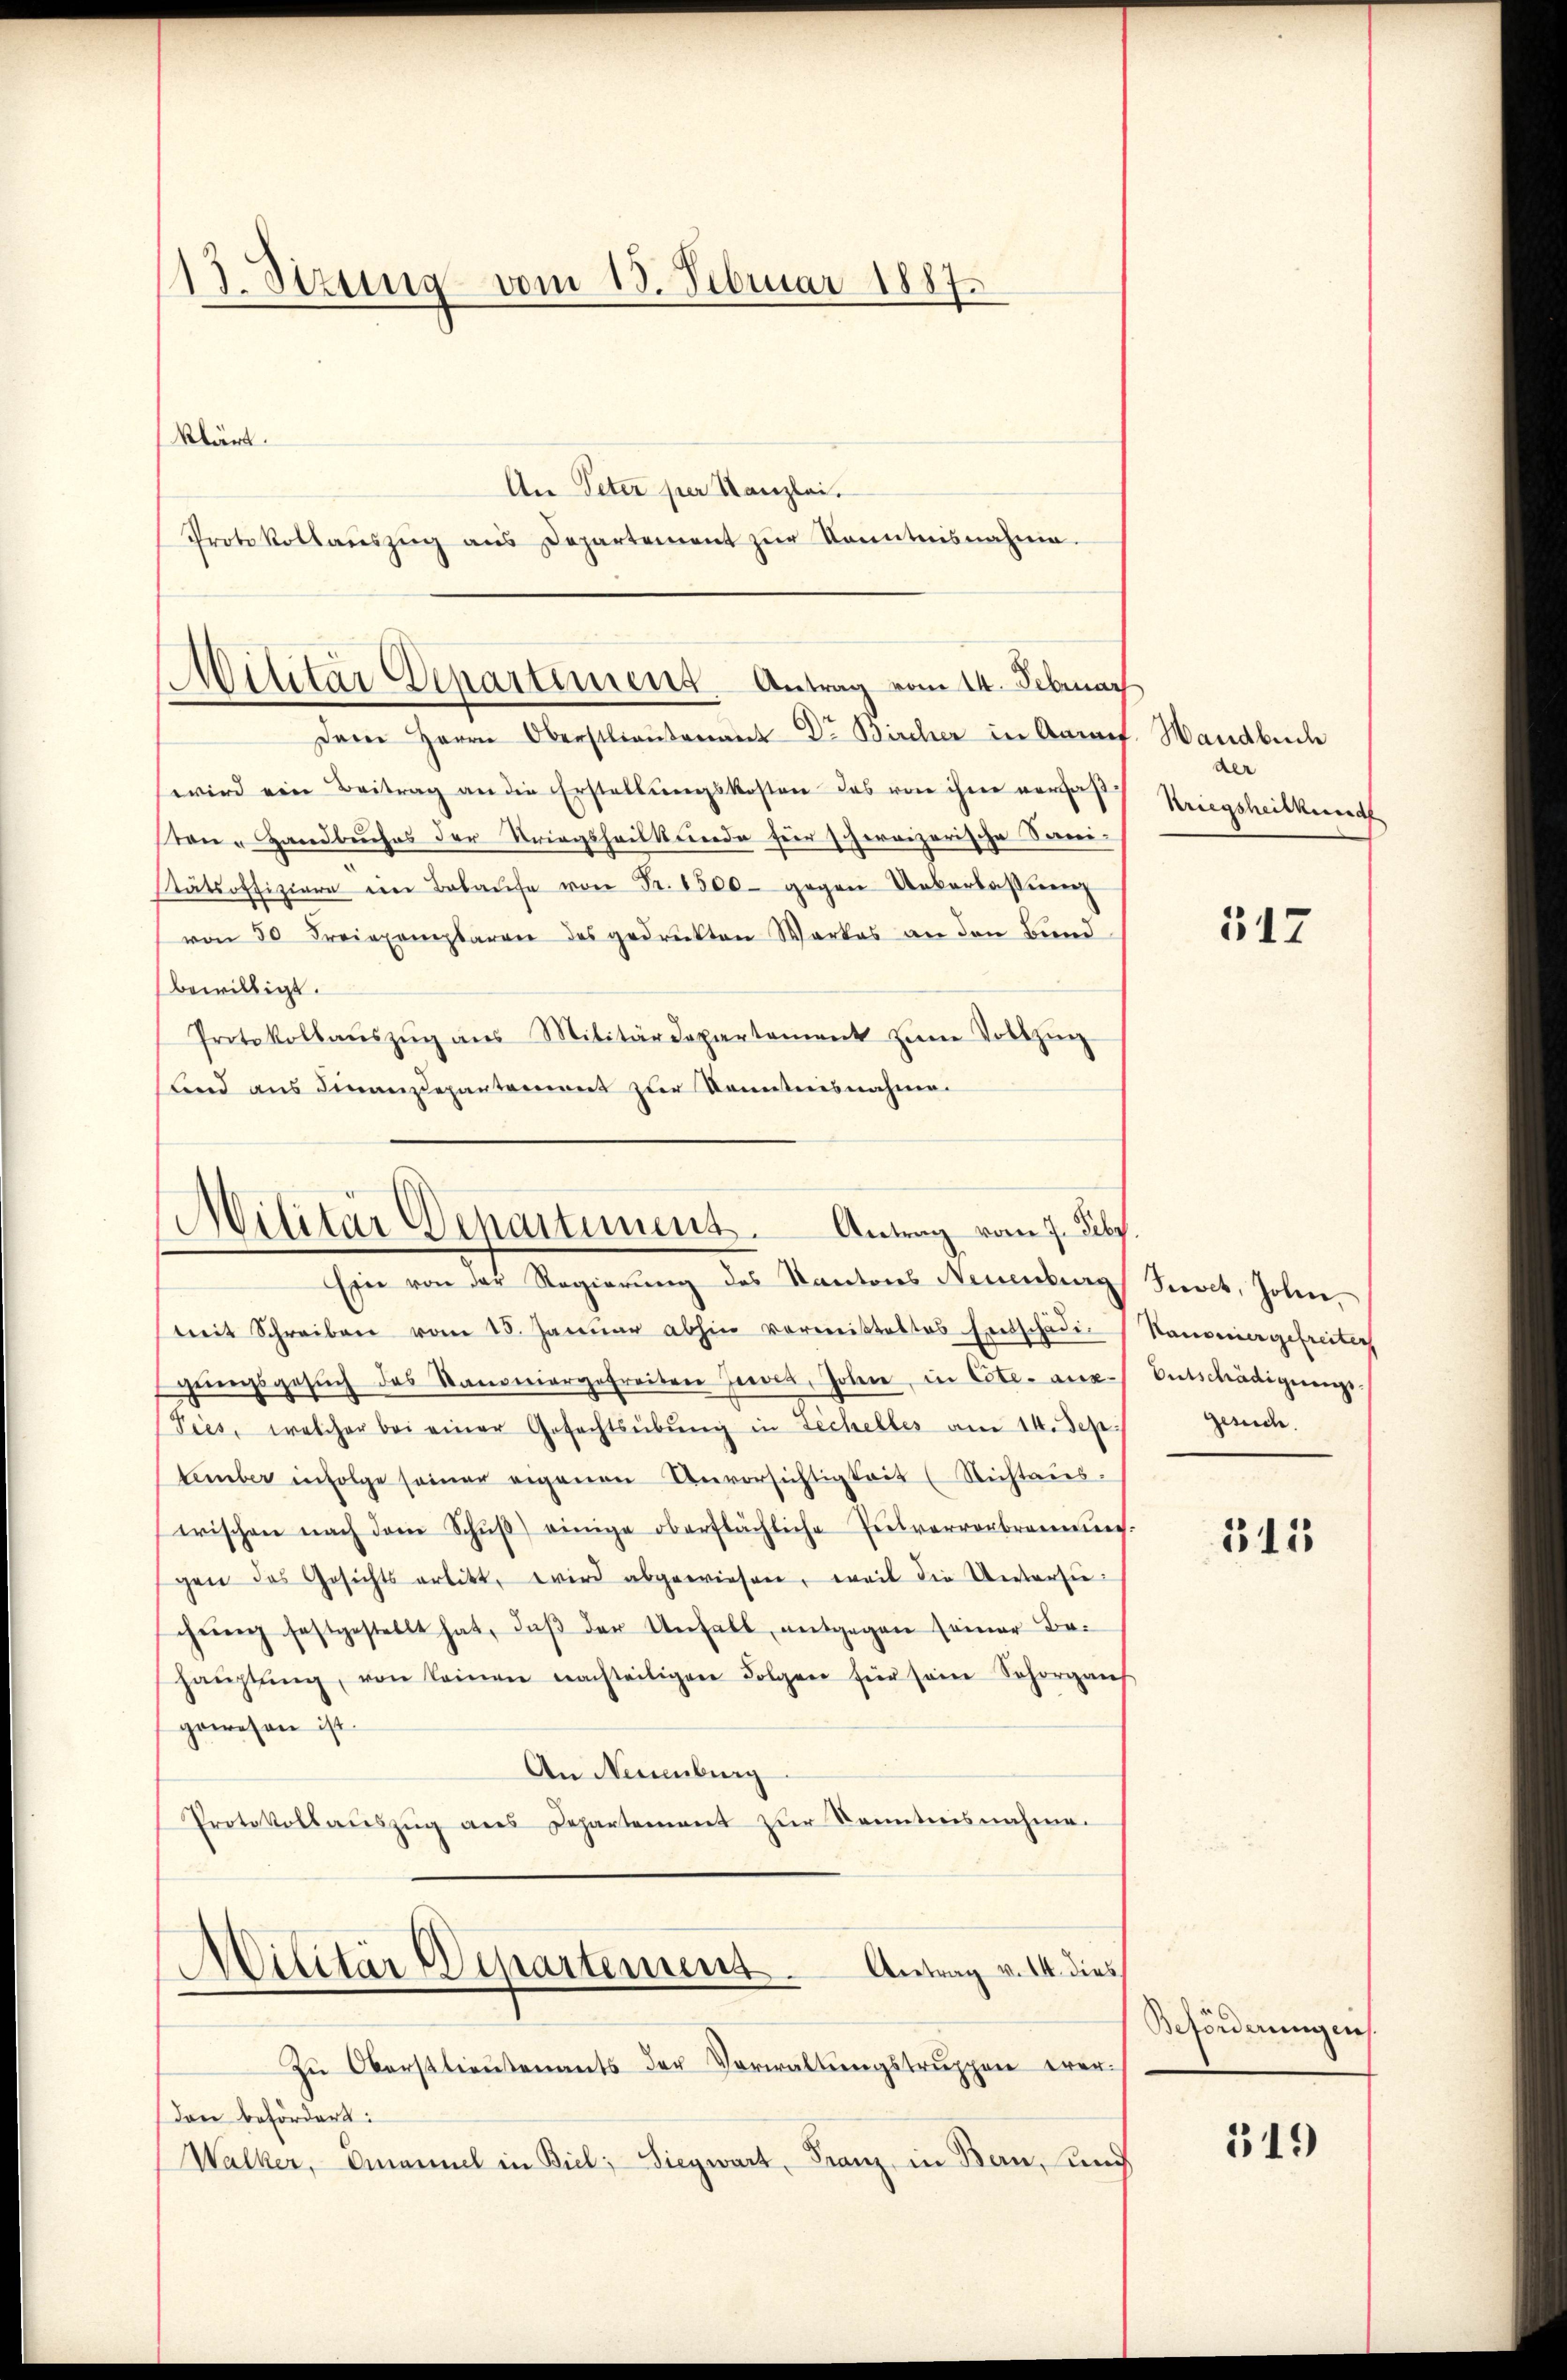
13. Sizung vom 15. Februar 1887

klärt.
An Peter per Kanzlei.
Protokollaŭszŭg ans Departement zŭr Kenntnisnahme.

Militar Departiment. Antrag vom 14. Februar

Dem Herrn Oberstlieutenant Dr. Bircher in Aarauf. Handbuch
wird ein Beitrag an die Erstellungskosten das von ihre verfaßten - Handbuches der Stringshauskunde für schweizerische Sani¬
Stätsoffiziere in Belaŭfe von Fr. 6500 gegen Unkarkassiren
von 50 Freiexemplaren des gedruckten Werkes an den Bund
bewilligt.
Protokollaŭszŭg ans Militärdepartament zŭm Vollzŭg
lnd aus Finanzdepartement zur Kenntnisnahme.

Militär Departement. Antrag vom 7. July.
Ein von der Regierung des Kantons Neuenburg

Militär Departement. Antrag v. 14. dies

mit Schreiben vom 15. Januar abhin vormitteltes Entschädi
gungsgesŭch des Stamoniargetreiten Heeres, Johann, in Cote. aus.
Pies, welcher bei einer Gefechtsübŭng in Zechelles am 14. Sep.
tember infolge seiner eigenen Anvorsichtigkeit (Nichtaus
wischen nach dem Schŭβ) einige oberflächliche Pulvervorbrannŭng.
gen des Gesichts erlitt, wird abgewiesen, weil die Untersuchŭng festgestellt hat, daβ der Unfall, entgegen seiner Be-
haŭptŭng, von keinen nachteiligen Folgen für sein Schorgans
gewesen ist.
An Neuenburg
Protokollaŭszŭg ans Departement zŭr Kenntnisnahme.

Zŭ Oberstlieutenants der Vorwaltŭngstrŭppen erer-
Den befördert:
Walker, Emanuel in Biel, Siegwart, Franz, in Bern, und

der
Kriegsheitkund

547

Seevet, Johan
Kanonier gefreiter
Entschädigungs
gesuch.

315

Beförderungen.

519